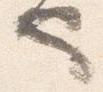
也